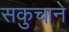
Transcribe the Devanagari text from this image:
सकुचाने